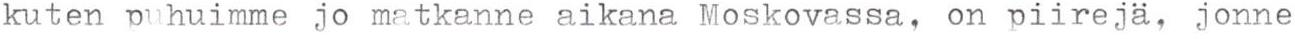
kuten puhuimme jo matkanne aikana Moskovassa, on piirejä, jonne